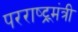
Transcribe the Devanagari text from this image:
परराष्ट्र्मंत्री